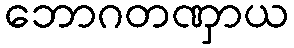
ဘောဂတဏှာယ